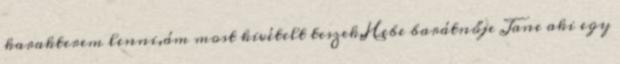
karakterem lenni,ám most kivételt teszek,Hebe barátnője Jane aki egy